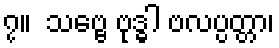
၇။  သဗ္ဗေ ဗုဒ္ဓါ ဗလပ္ပတ္တာ၊